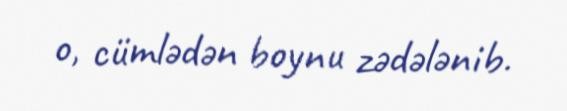
o, cümlədən boynu zədələnib.